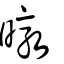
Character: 暾